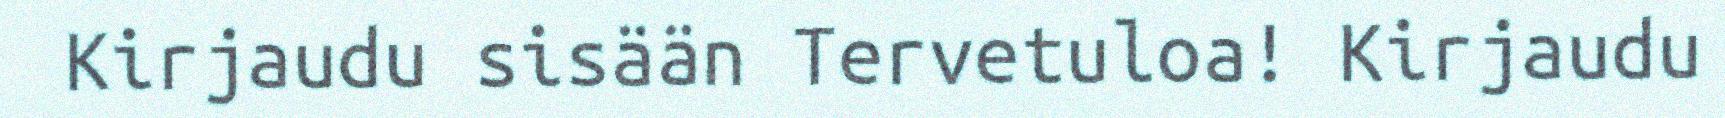
Kirjaudu sisään Tervetuloa! Kirjaudu